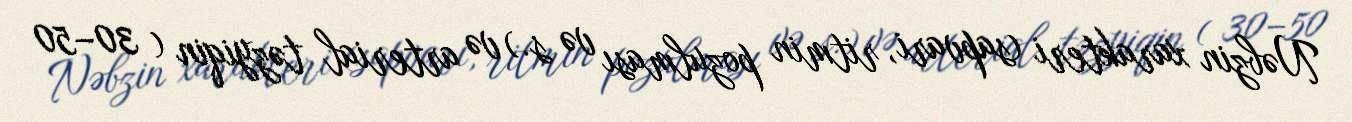
Nəbzin xarakteri (sapvari, ritmin pozulması və s.) və arterial təzyiqin ( 30–50